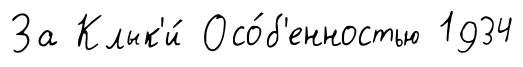
За Клык'и́ Осо́б'енностью 1934